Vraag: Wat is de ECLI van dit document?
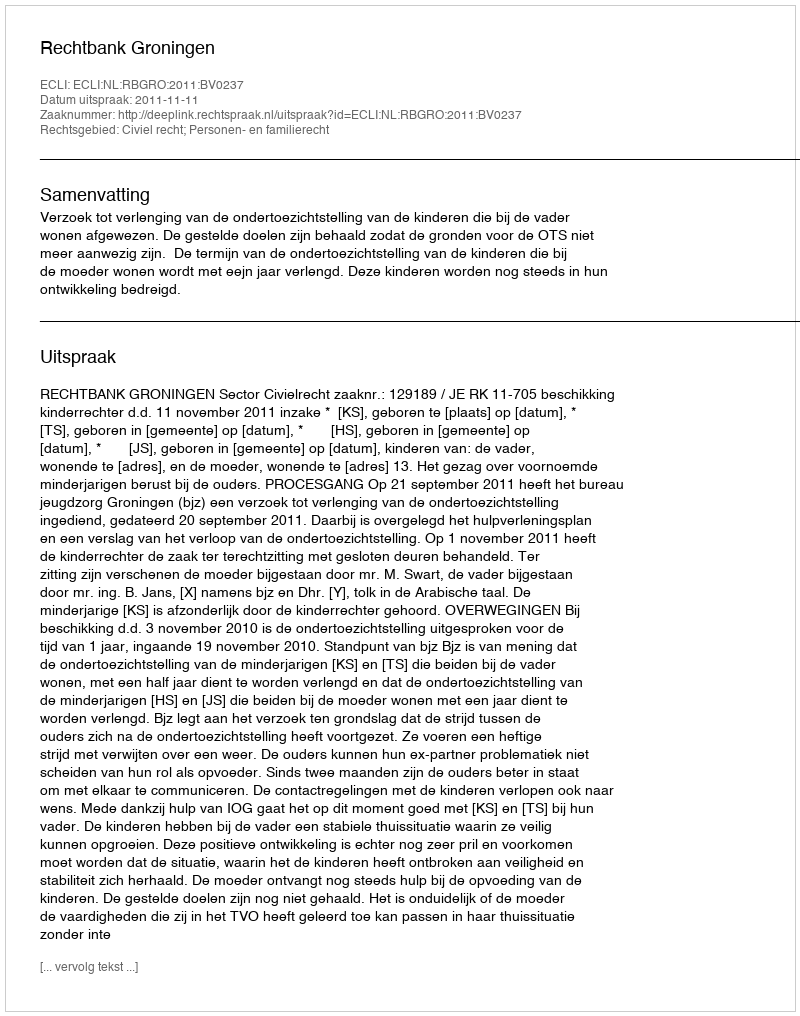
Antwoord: ECLI:NL:RBGRO:2011:BV0237